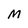
Character: M